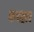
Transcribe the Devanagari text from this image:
कवहार